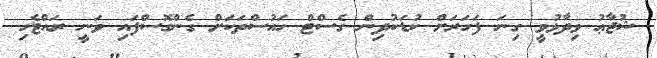
ޝުޖާޢު ވިދާޅުވީ ގިނަ ފަހަރަށް ކުޑަކުދިން ގެސްޓް ހައުސްތަކަށް ގެންގޮސްފައި ވަނީ ރައްޓެހި